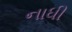
નાધી